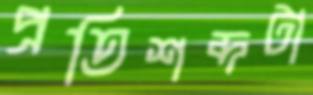
প্রতিশব্দটা